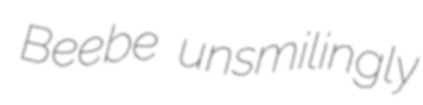
Beebe unsmilingly